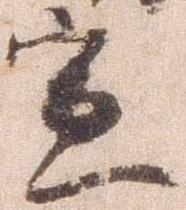
宣